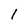
Character: 1